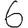
Digit: 6